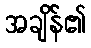
အချိန်၏